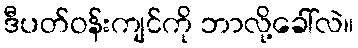
ဒီပတ်ဝန်းကျင်ကို ဘာလို့ခေါ်လဲ။